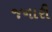
જનારી